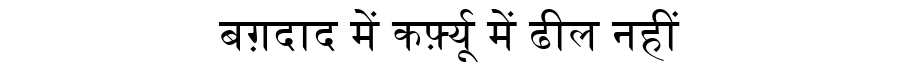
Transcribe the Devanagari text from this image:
बग़दाद में कर्फ़्यू में ढील नहीं